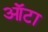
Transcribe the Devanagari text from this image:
ऑटा